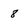
Character: 8